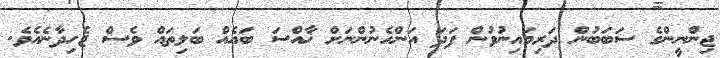
ޖިންނީންގެ ސަބަބުން ދަރިމައިނުވުން ފަދަ އަންހެނުންނަށް ޚާއްސަ ބައެއް ބަލިތައް ވެސް ޖެހިދާނެއެވެ.